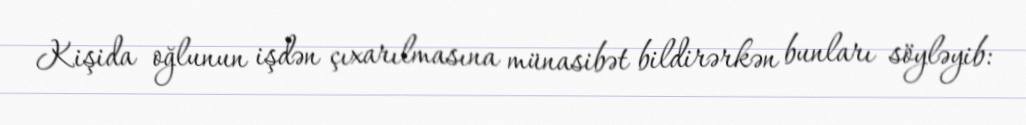
Kişida oğlunun işdən çıxarılmasına münasibət bildirərkən bunları söyləyib: